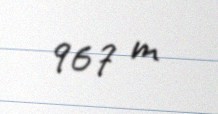
967 m